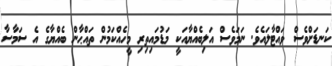
ކަނޑަށްވެސް ވައްޓާލައެވެ. ނަމަވެސް އަލިބެއްޔާއަކީ މަޑުމައިތިރި މީހެއްކަމުން ތައްޙާން ބެއްޔާގެ އެ ސަމާސާ